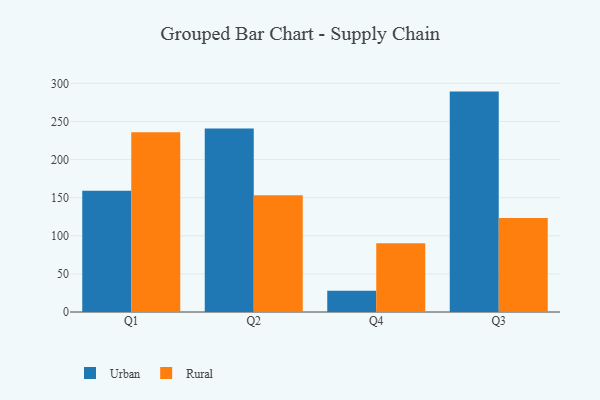
{"axis": {"x": "Quarter", "y": "Headcount"}, "legend": ["Rural", "Urban"], "data": [{"x": "Q1", "y": 159.1, "type": "Urban"}, {"x": "Q1", "y": 235.7, "type": "Rural"}, {"x": "Q2", "y": 240.7, "type": "Urban"}, {"x": "Q2", "y": 153.2, "type": "Rural"}, {"x": "Q4", "y": 28.0, "type": "Urban"}, {"x": "Q4", "y": 90.1, "type": "Rural"}, {"x": "Q3", "y": 289.2, "type": "Urban"}, {"x": "Q3", "y": 123.2, "type": "Rural"}]}